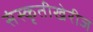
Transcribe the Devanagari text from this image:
संस्कृतीखेरीज